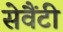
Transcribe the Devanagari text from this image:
सेवैंटी